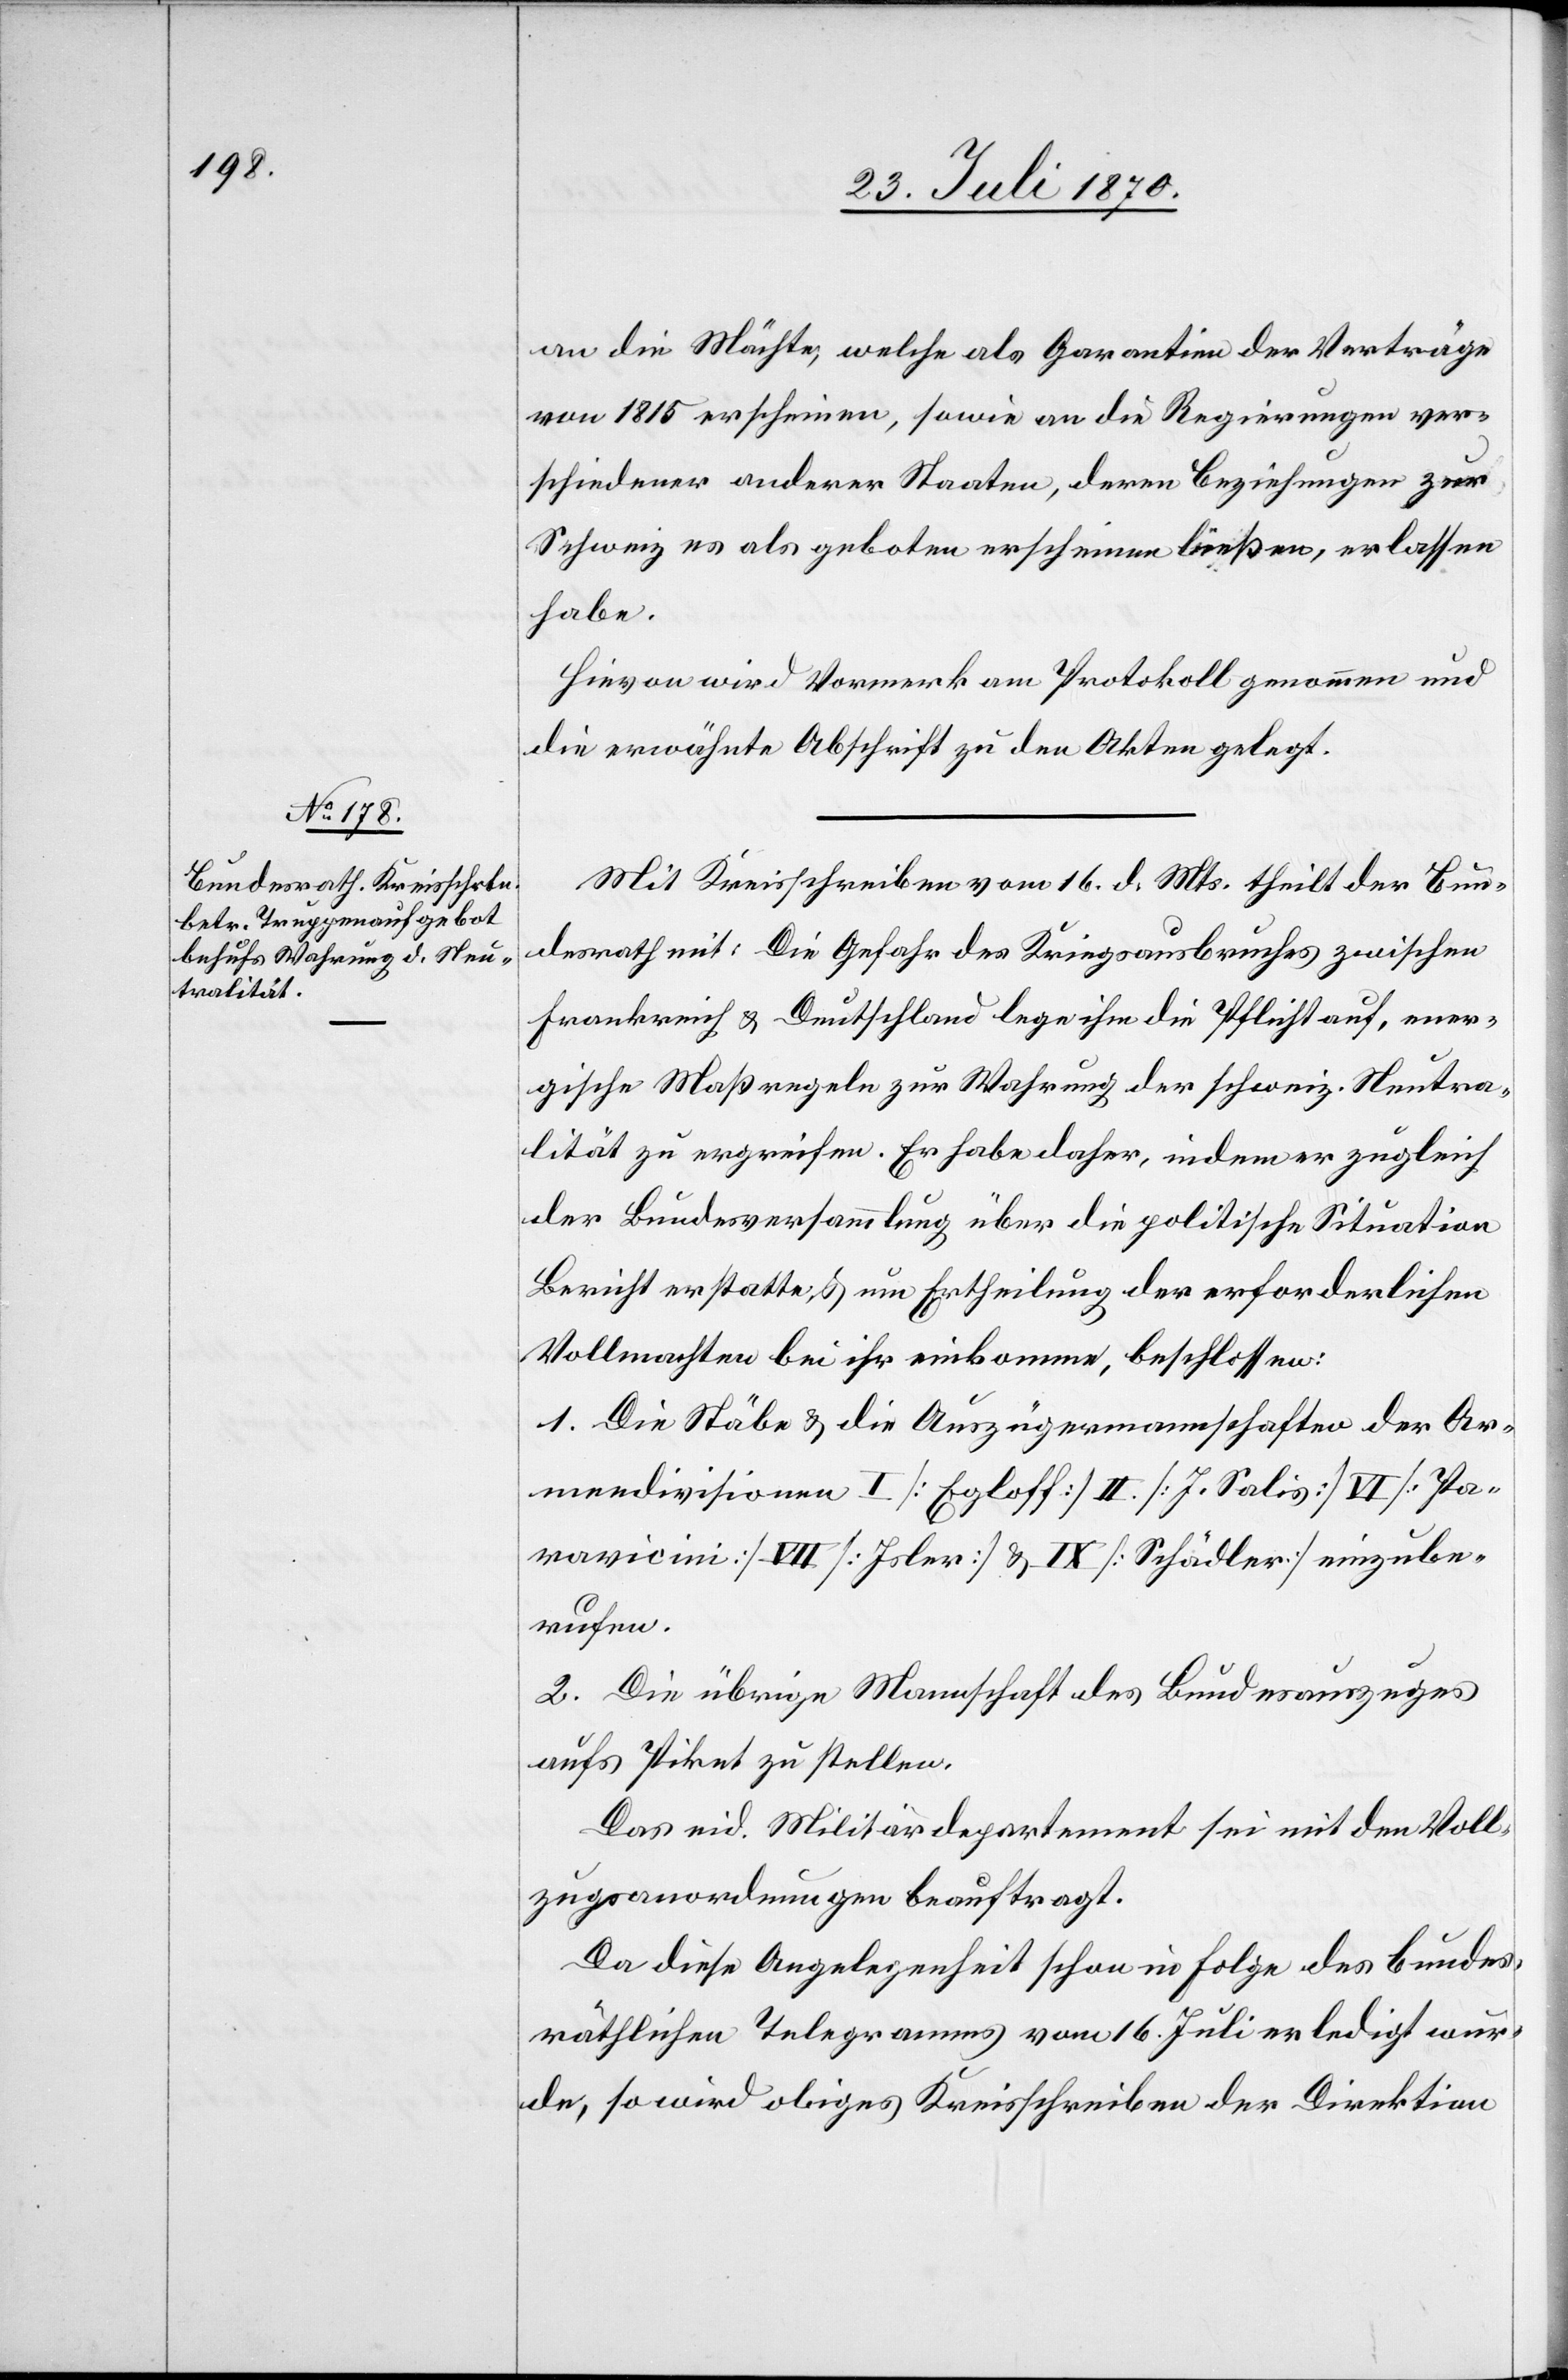
an die Mächte, welche als Garantien [sic!] der Verträge
von 1815 erscheinen, sowie an die Regierungen ver¬
schiedener anderer Staaten, deren Beziehungen zur
Schweiz es als geboten erscheinen ließen, erlassen
habe.
Hievon wird Vormerk am Protokoll genommen und
die erwähnte Abschrift zu den Akten gelegt.
Mit Kreisschreiben vom 16. d. Mts. theilt der Bun¬
desrath mit: Die Gefahr des Kriegsausbruches zwischen
Frankreich & Deutschland lege ihm die Pflicht auf, ener¬
gische Maßregeln zur Wahrung der schweiz. Neutra¬
lität zu ergreifen. Er habe daher, indem er zugleich
der Bundesversammlung über die politische Situation
Bericht erstatte, & um Ertheilung der erforderlichen
Vollmachten bei ihr einkomme, beschlossen:
1. Die Stäbe & die Auszügermannschaften der Ar¬
meedivisionen I [Egloff] II. [J. Salis] VI [Pa¬
ravicini] VII [Isler] & IX [Schädler] einzube¬
rufen.
2. Die übrige Mannschaft des Bundesauszuges
aufs Piket zu stellen.
Das eid. Militärdepartement sei mit den Voll¬
zugsanordnungen beauftragt.
Da diese Angelegenheit schon in Folge des bundes¬
räthlichen Telegramms vom 16. Juli erledigt wur¬
de, so wird obiges Kreisschreiben der Direktion